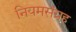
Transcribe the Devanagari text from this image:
नियमसंग्रह